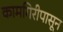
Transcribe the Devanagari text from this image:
कामगिरीपासून